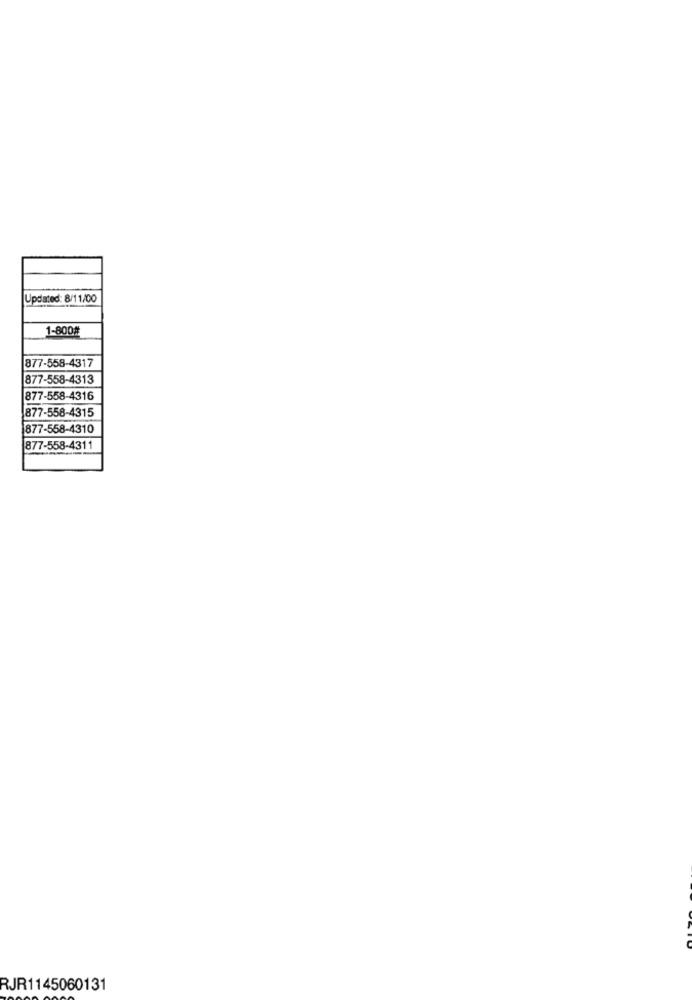
Updated: 8/11/00
1-800#
877-558-4317
877-558-4313
877-558-4316
877-558-4315
877-558-4310
877-558-4311
RJR1145060131